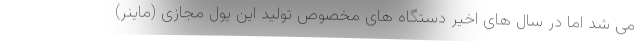
می شد اما در سال های اخیر دستگاه های مخصوص تولید این پول مجازی (ماینر)